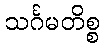
သင်္ဂမတိစ္စ